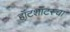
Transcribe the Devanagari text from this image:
हॉटशॉटस्चा